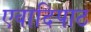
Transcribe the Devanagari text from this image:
एवादिपाठ